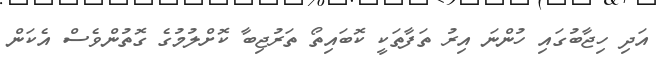
އަދި ހިޖާބުގައި ހުންނަ އިރު ތަފާތަކީ ކޮބައިތޯ ތަރުޖިބާ ކޮށްލުމުގެ ގޮތުންވެސް އެކަން